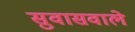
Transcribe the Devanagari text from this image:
सुवासवाले